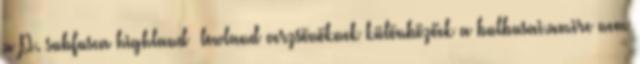
a P. subfusca highland lowland verzsönöknek különbözőek a bulbusai.amire nem